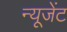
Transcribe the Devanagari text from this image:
न्यूजेंट